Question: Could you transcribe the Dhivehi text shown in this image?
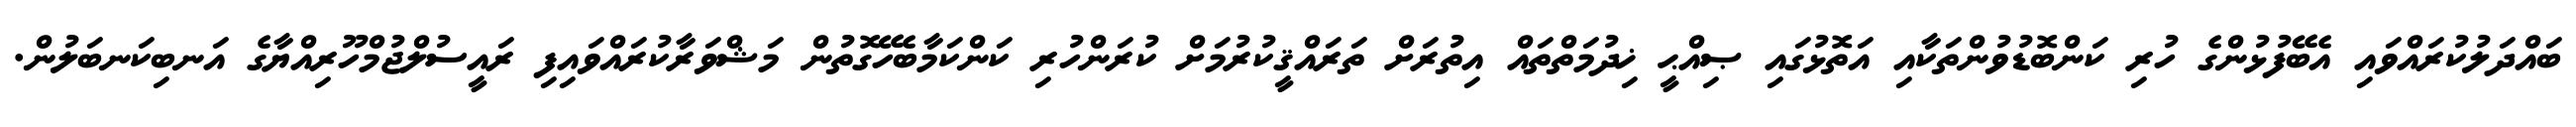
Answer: ބައްދަލުކުރައްވައި އެބޭފުޅުންގެ ހުރި ކަންބޮޑުވުންތަކާއި އަތޮޅުގައި ޞިއްޙީ ޚިދުމަތްތައް އިތުރަށް ތަރައްޤީކުރުމަށް ކުރަންހުރި ކަންކަމާބެހޭގޮތުން މަޝްވަރާކުރައްވައިފި ރައީސުލްޖުމްހޫރިއްޔާގެ އަނބިކަނބަލުން.